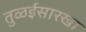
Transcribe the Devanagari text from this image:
तुळईसारखा